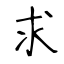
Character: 求